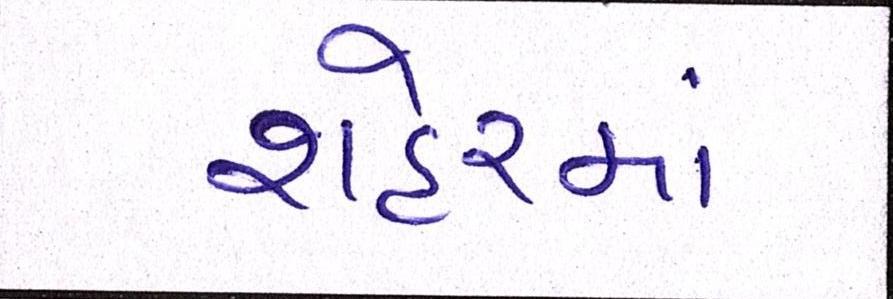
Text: શહેરમાં